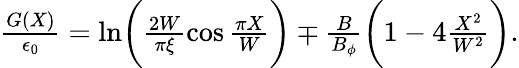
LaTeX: \begin{array}{r}{\frac{G(X)}{\epsilon_{0}}=\ln\biggl(\frac{2W}{\pi\xi}\cos\frac{\pi X}{W}\biggr)\mp\frac{B}{B_{\phi}}\biggl(1-4\frac{X^{2}}{W^{2}}\biggr).}\end{array}